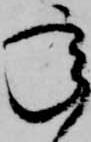
承